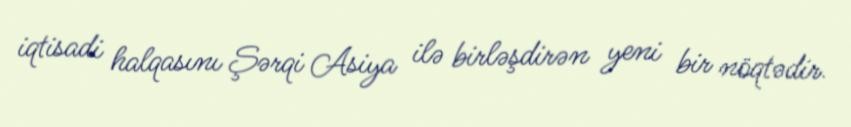
iqtisadi halqasını Şərqi Asiya ilə birləşdirən yeni bir nöqtədir.